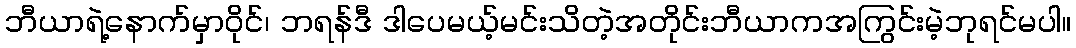
ဘီယာရဲ့နောက်မှာဝိုင်၊ ဘရန်ဒီ ဒါပေမယ့်မင်းသိတဲ့အတိုင်းဘီယာကအကြွင်းမဲ့ဘုရင်မပါ။